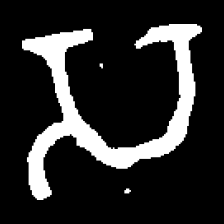
Pyu character \u2014 Myanmar letter: သ (romanized: sa)